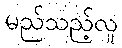
မည်သည့်လူ